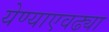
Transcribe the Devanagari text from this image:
येण्याएवढ्या